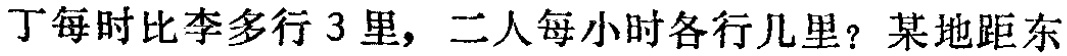
丁每时比李多行 3 里，二人每小时各行几里？某地距东